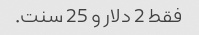
فقط 2 دلار و 25 سنت.